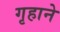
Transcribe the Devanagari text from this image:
गृहाने